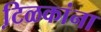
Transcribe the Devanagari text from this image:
टि़ळकांना